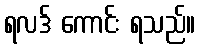
ရလဒ် ကောင်း ရသည်။